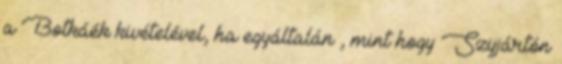
a Botkáék kivételével, ha egyáltalán , mint hogy Szijjártón